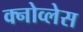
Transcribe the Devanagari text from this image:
क्नोव्लेस